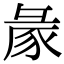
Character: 𢑡